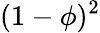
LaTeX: (1-\phi)^{2}